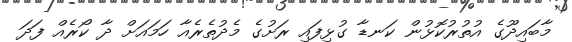
މާބައިދޫގެ އުތުރުކޮޅުން ކަނޑާ ގުޅިފައި ރަށުގެ މެދުތެރެއާ ހަމައަށް ދާ ކޯރެއް ފަދަ